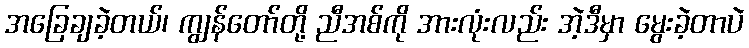
အခြေချခဲ့တယ်၊ ကျွန်တော်တို့ ညီအစ်ကို အားလုံးလည်း အဲ့ဒီမှာ မွေးခဲ့တာပဲ